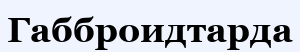
Габброидтарда